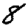
Digit: 8